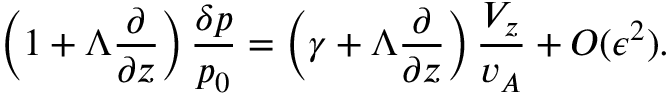
\left( 1 + \Lambda \frac { \partial } { \partial z } \right) \frac { \delta p } { p _ { 0 } } = \left( \gamma + \Lambda \frac { \partial } { \partial z } \right) \frac { V _ { z } } { v _ { A } } + O ( \epsilon ^ { 2 } ) .